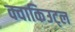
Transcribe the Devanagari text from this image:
क्वाकिउट्ल